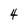
Character: 4